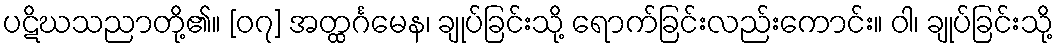
ပဋိဃသညာတို့၏။ [၀၇] အတ္ထင်္ဂမေန၊ ချုပ်ခြင်းသို့ ရောက်ခြင်းလည်းကောင်း။ ဝါ၊ ချုပ်ခြင်းသို့